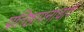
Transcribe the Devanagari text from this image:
प्रतिष्ठापनाचार्य